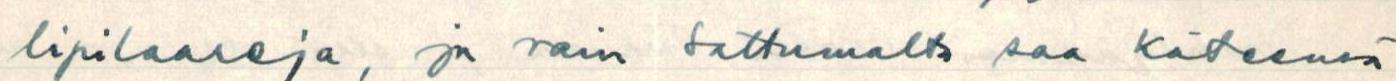
lipilaareja, ja vain sattumalta saa käteensä